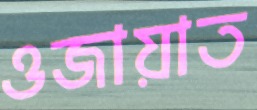
ওজায়াত